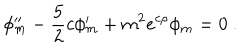
LaTeX: \phi _ { m } ^ { \prime \prime } - \frac { 5 } { 2 } c \phi _ { m } ^ { \prime } + m ^ { 2 } e ^ { c \rho } \phi _ { m } = 0 ~ .